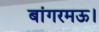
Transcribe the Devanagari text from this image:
बांगरमऊ।